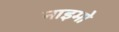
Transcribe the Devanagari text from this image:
नाइमो